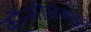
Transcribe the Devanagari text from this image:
कौन्सीलकडून